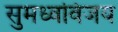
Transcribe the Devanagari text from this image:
सुमध्वविजय